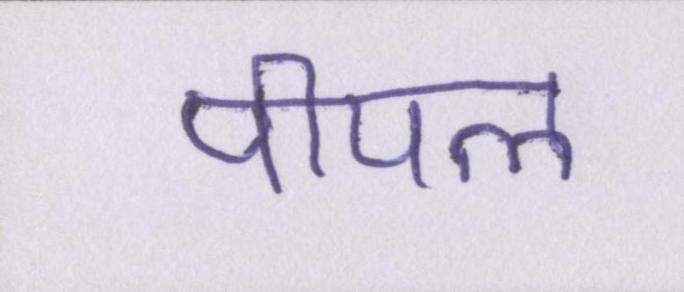
पीपल